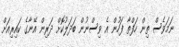
ނަމަވެސް ތިން ހަފްތާ ފަހުން އެ ވިސްނުން ބަދަލުކޮށް ދަރިން އޭނާގެ ކައިރިއަށް